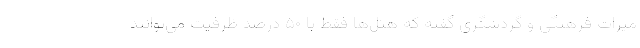
میراث فرهنگی و گردشگری گفته که هتل‌ها فقط با ۵۰ درصد ظرفیت می‌توانند